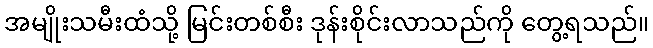
အမျိုးသမီးထံသို့ မြင်းတစ်စီး ဒုန်းစိုင်းလာသည်ကို တွေ့ရသည်။